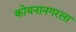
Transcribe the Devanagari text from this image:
कोयनानगरला